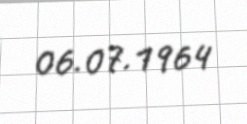
06.07.1964